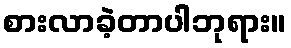
စားလာခဲ့တာပါဘုရား။